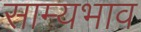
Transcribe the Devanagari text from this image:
साम्यभाव